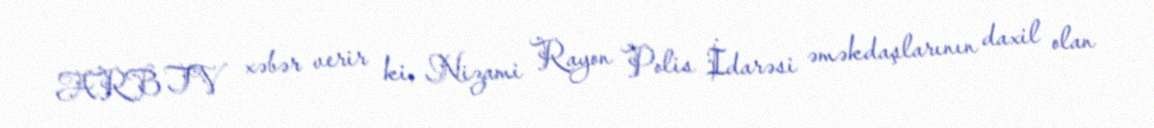
ARB TV xəbər verir ki, Nizami Rayon Polis İdarəsi əməkdaşlarının daxil olan